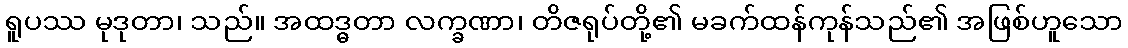
ရူပဿ မုဒုတာ၊ သည်။ အထဒ္ဓတာ လက္ခဏာ၊ တိဇရုပ်တို့၏ မခက်ထန်ကုန်သည်၏ အဖြစ်ဟူသော